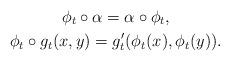
LaTeX: \begin{gather*}\phi_t\circ\alpha=\alpha\circ\phi_t,\\\phi_t\circ g_t(x,y)=g_t'(\phi_t(x),\phi_t(y)).\end{gather*}